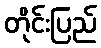
တိုင်းပြည်